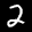
Label: 2